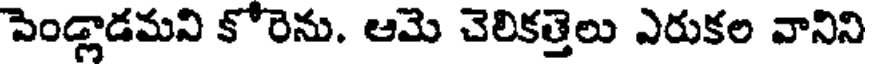
పెండ్లాడమని కోరెను. ఆమె చెలికత్తెలు ఎరుకల వానిని